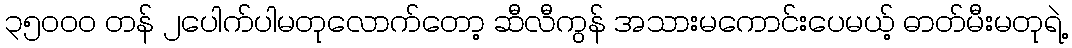
၃၅၀၀၀ တန် ၂ပေါက်ပါမတုလောက်တော့ ဆီလီကွန် အသားမကောင်းပေမယ့် ဓာတ်မီးမတုရဲ့